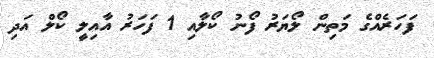
ފަހަރެއްގެ މަތިން ލޯޔަރު ފޯނު ކޯލާއި 1 ފަހަރު އާއިލީ ކޯލް އަދި